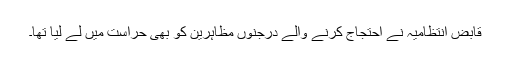
قابض انتظامیہ نے احتجاج کرنے والے درجنوں مظاہرین کو بھی حراست میں لے لیا تھا۔